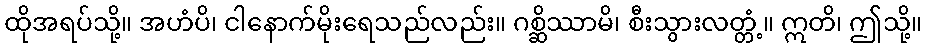
ထိုအရပ်သို့။ အဟံပိ၊ ငါနောက်မိုးရေသည်လည်း။ ဂစ္ဆိဿာမိ၊ စီးသွားလတ္တံ့။ ဣတိ၊ ဤသို့။